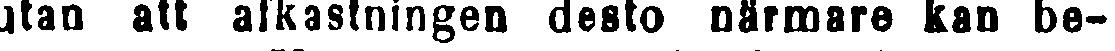
utan att afkastningen desto närmare kan be-